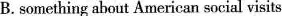
B.something about American socialvisits